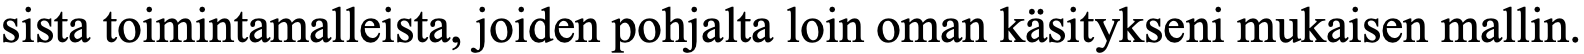
sista toimintamalleista, joiden pohjalta loin oman käsitykseni mukaisen mallin.